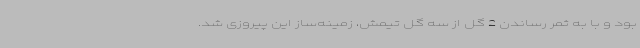
بود و با به ثمر رساندن 2 گل از سه گل تیمش، زمینه‌ساز این پیروزی شد.